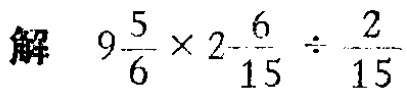
解 \(9\frac{5}{6} \times 2 - \frac{6}{15} \div \frac{2}{15}\)